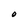
Character: O